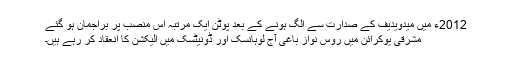
2012ء میں میدویدیف کے صدارت سے الگ ہونے کے بعد پوٹن ایک مرتبہ اس منصب پر براجمان ہو گئے
مشرقی یوکرائن میں روس نواز باغی آج لوہانسک اور ڈونیٹسک میں الیکشن کا انعقاد کر رہے ہیں۔